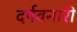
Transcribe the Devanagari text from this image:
दर्षवनारी